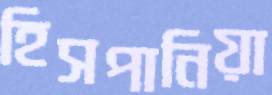
হিসপানিয়া